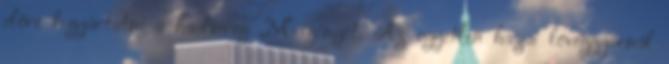
előre legyártatni a hadsereg „M”-igényét. Az egyetlen hazai löveggyárnál